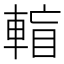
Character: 𨌶